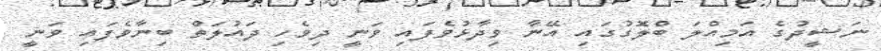
ނަޝީދުގެ އަމިއްލަ ބްލޮގުގައި އޭނާ ވިދާޅުވެފައި ވަނީ ދިވެހި ދައުލަތް ބިނާވެފައި ވަނީ